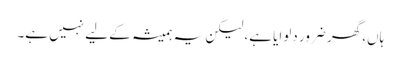
ہاں، گھر ضرور دلوایا ہے، لیکن یہ ہمیشہ کے لیے نہیں ہے۔